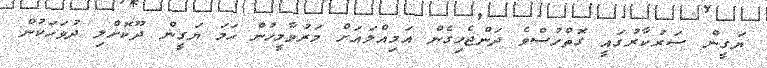
ޔަގީން ސަރުކާރުގައީ ގޮތްހުސްވެ ދަންޖެހިގެން އަމިއްލައަށް މަރުވާމީހުން ހަމަ ޔަގީން ދޫކޮށްލި ދުވަހަކުން